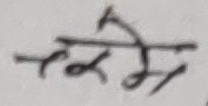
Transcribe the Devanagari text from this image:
चक्रमे